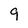
Character: 9